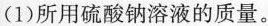
(1)所用硫酸钠溶液的质量。